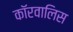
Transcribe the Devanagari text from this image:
कॉरवालिस